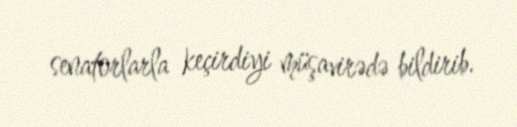
senatorlarla keçirdiyi müşavirədə bildirib.